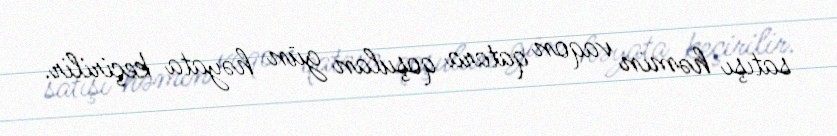
satışı həmin vaqon qatara qoşulan gün həyata keçirilir.